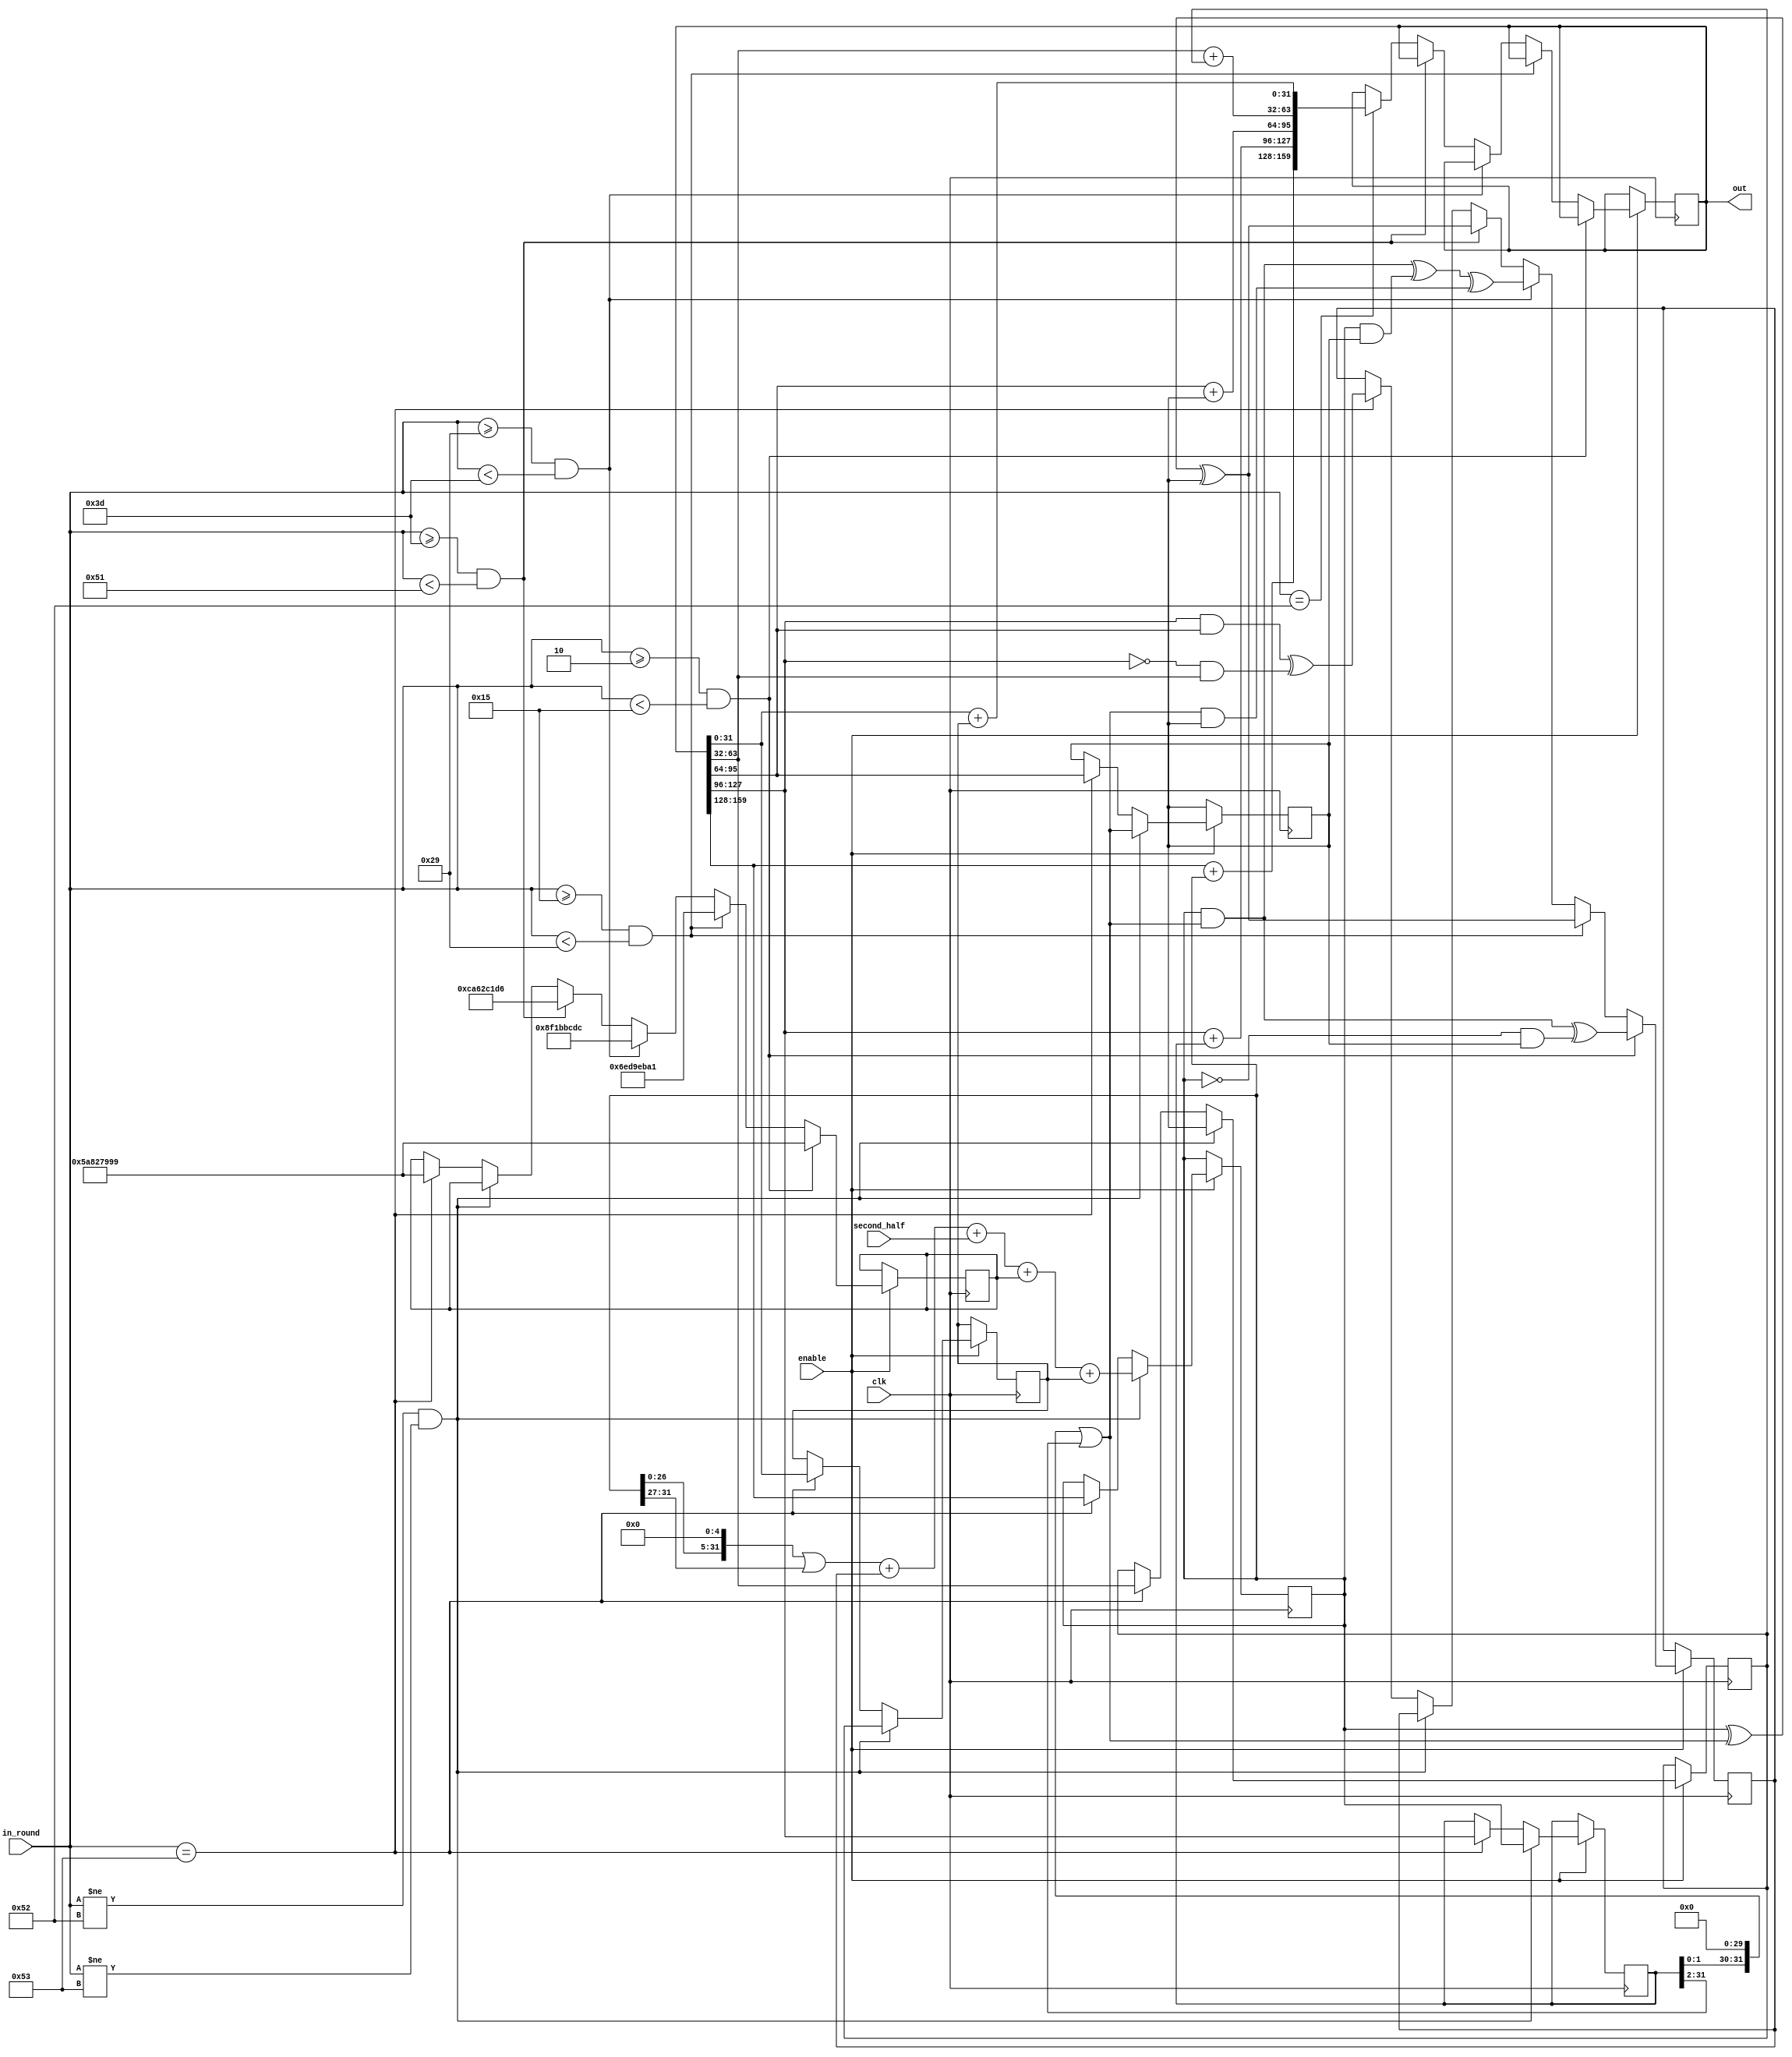
module SHA1_alg_part2(
					clk,
					second_half,
					in_round,
					enable,
					out
);

input clk;
input [31:0] second_half;
input [7:0] in_round;
input enable;
output [159:0] out;

reg [31:0] a = 32'h67452301;
reg [31:0] b = 32'hEFCDAB89;
reg [31:0] c = 32'h98BADCFE;
reg [31:0] d = 32'h10325476;
reg [31:0] e = 32'hC3D2E1F0;

reg [159:0] hash = {32'h67452301, 32'hEFCDAB89, 32'h98BADCFE, 32'h10325476, 32'hC3D2E1F0};
reg [31:0] next_k = 32'h5A827999;
reg [31:0] next_f = 32'h98BADCFE;

assign out = hash;

always@(posedge clk)begin
	if(enable)begin
		if(in_round != 82 && in_round != 83)begin
			a <= (a << 5 | a >> 27) + next_f + second_half + next_k + e;
			b <= a;
			c <= (b << 30 | b >> 2);
			d <= c;
			e <= d;	
		end
		
		else if(in_round == 83)begin
			a <= hash[159:128];
			b <= hash[127:96];
			c <= hash[95:64];
			d <= hash[63:32];
			e <= hash[31:0];
			
			next_k <= 32'h5A827999;
			next_f <= (hash[127:96] & hash[95:64]) ^ (~(hash[127:96]) & hash[63:32]);
		end
		
		if(in_round >= 2 && in_round < 21)begin
			next_f <= (a & (b << 30 | b >> 2)) ^ ((~a) & c);
			next_k <= 32'h5A827999;
		end
		
		else if(in_round >= 21 && in_round < 41)begin
			next_f <= (a ^ (b << 30 | b >> 2) ^ c);
			next_k <= 32'h6ED9EBA1;
		end
		
		else if(in_round >= 41 && in_round < 61)begin
			next_f <= ((a & (b << 30 | b >> 2)) ^ (a & c) ^ ((b << 30 | b >> 2) & c));
			next_k <= 32'h8f1bbcdc;
		end
		
		else if(in_round >= 61 && in_round < 81)begin
			next_f <= (a ^ (b << 30 | b >> 2) ^ c);
			next_k <= 32'hca62c1d6;
		end
		
		else if(in_round == 82)begin
			hash <= {(hash[159:128] + a), (hash[127:96] + b), (hash[95:64] + c), (hash[63:32] + d), (hash[31:0] + e)};
		end
	end
	else begin
	
	end
end

endmodule